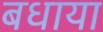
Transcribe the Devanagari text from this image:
बधाया